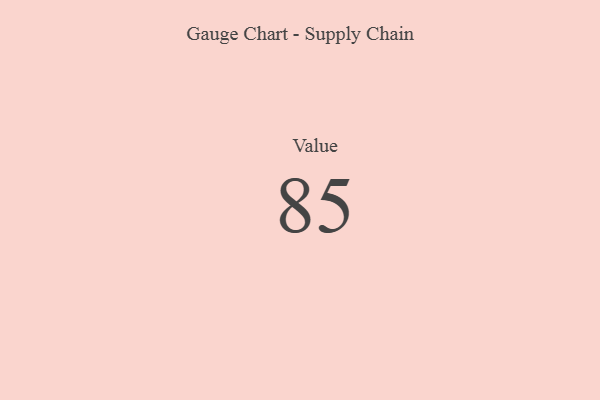
{"axis": {"x": "Metric", "y": "Value"}, "legend": [""], "data": [{"x": "Value", "y": 85, "type": ""}]}